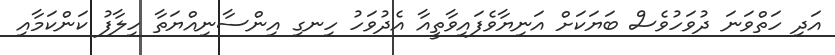
އަދި ހަތްވަނަ ދުވަހުވެސް ބަޔަކަށް އަނިޔާވެފައިވާތީއާ އެދުވަހު ހިނގި އިންސާނިއްޔަތާ ހިލާފު ކަންކަމާއި